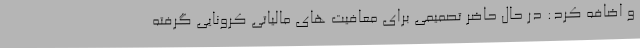
و اضافه کرد: در حال حاضر تصمیمی برای معافیت های مالیاتی کرونایی گرفته